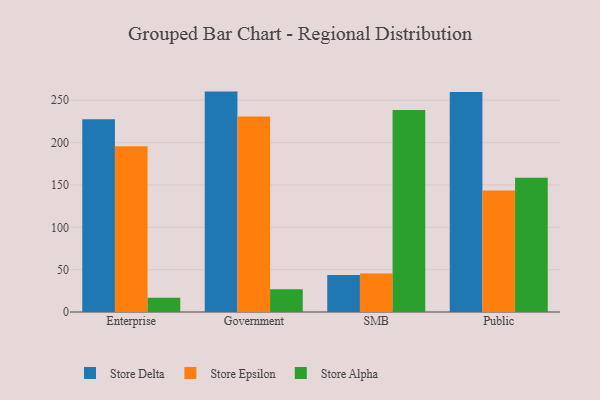
{"axis": {"x": "Segment", "y": "Energy Usage (MWh)"}, "legend": ["Store Alpha", "Store Delta", "Store Epsilon"], "data": [{"x": "Enterprise", "y": 227.7, "type": "Store Delta"}, {"x": "Enterprise", "y": 195.8, "type": "Store Epsilon"}, {"x": "Enterprise", "y": 16.7, "type": "Store Alpha"}, {"x": "Government", "y": 260.2, "type": "Store Delta"}, {"x": "Government", "y": 230.9, "type": "Store Epsilon"}, {"x": "Government", "y": 26.8, "type": "Store Alpha"}, {"x": "SMB", "y": 43.7, "type": "Store Delta"}, {"x": "SMB", "y": 45.4, "type": "Store Epsilon"}, {"x": "SMB", "y": 238.5, "type": "Store Alpha"}, {"x": "Public", "y": 259.7, "type": "Store Delta"}, {"x": "Public", "y": 143.5, "type": "Store Epsilon"}, {"x": "Public", "y": 158.6, "type": "Store Alpha"}]}